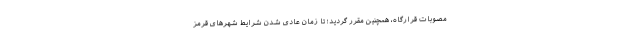
مصوبات قرارگاه، همچنین مقرر گردید؛ تا زمان عادی شدن شرایط شهرهای قرمز